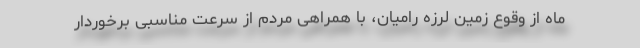
ماه از وقوع زمین لرزه رامیان، با همراهی مردم از سرعت مناسبی برخوردار